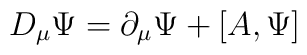
D_{\mu}\Psi = \partial_{\mu}\Psi + \left[A,\Psi\right]